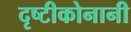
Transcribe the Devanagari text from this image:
दृष्टीकोनानी